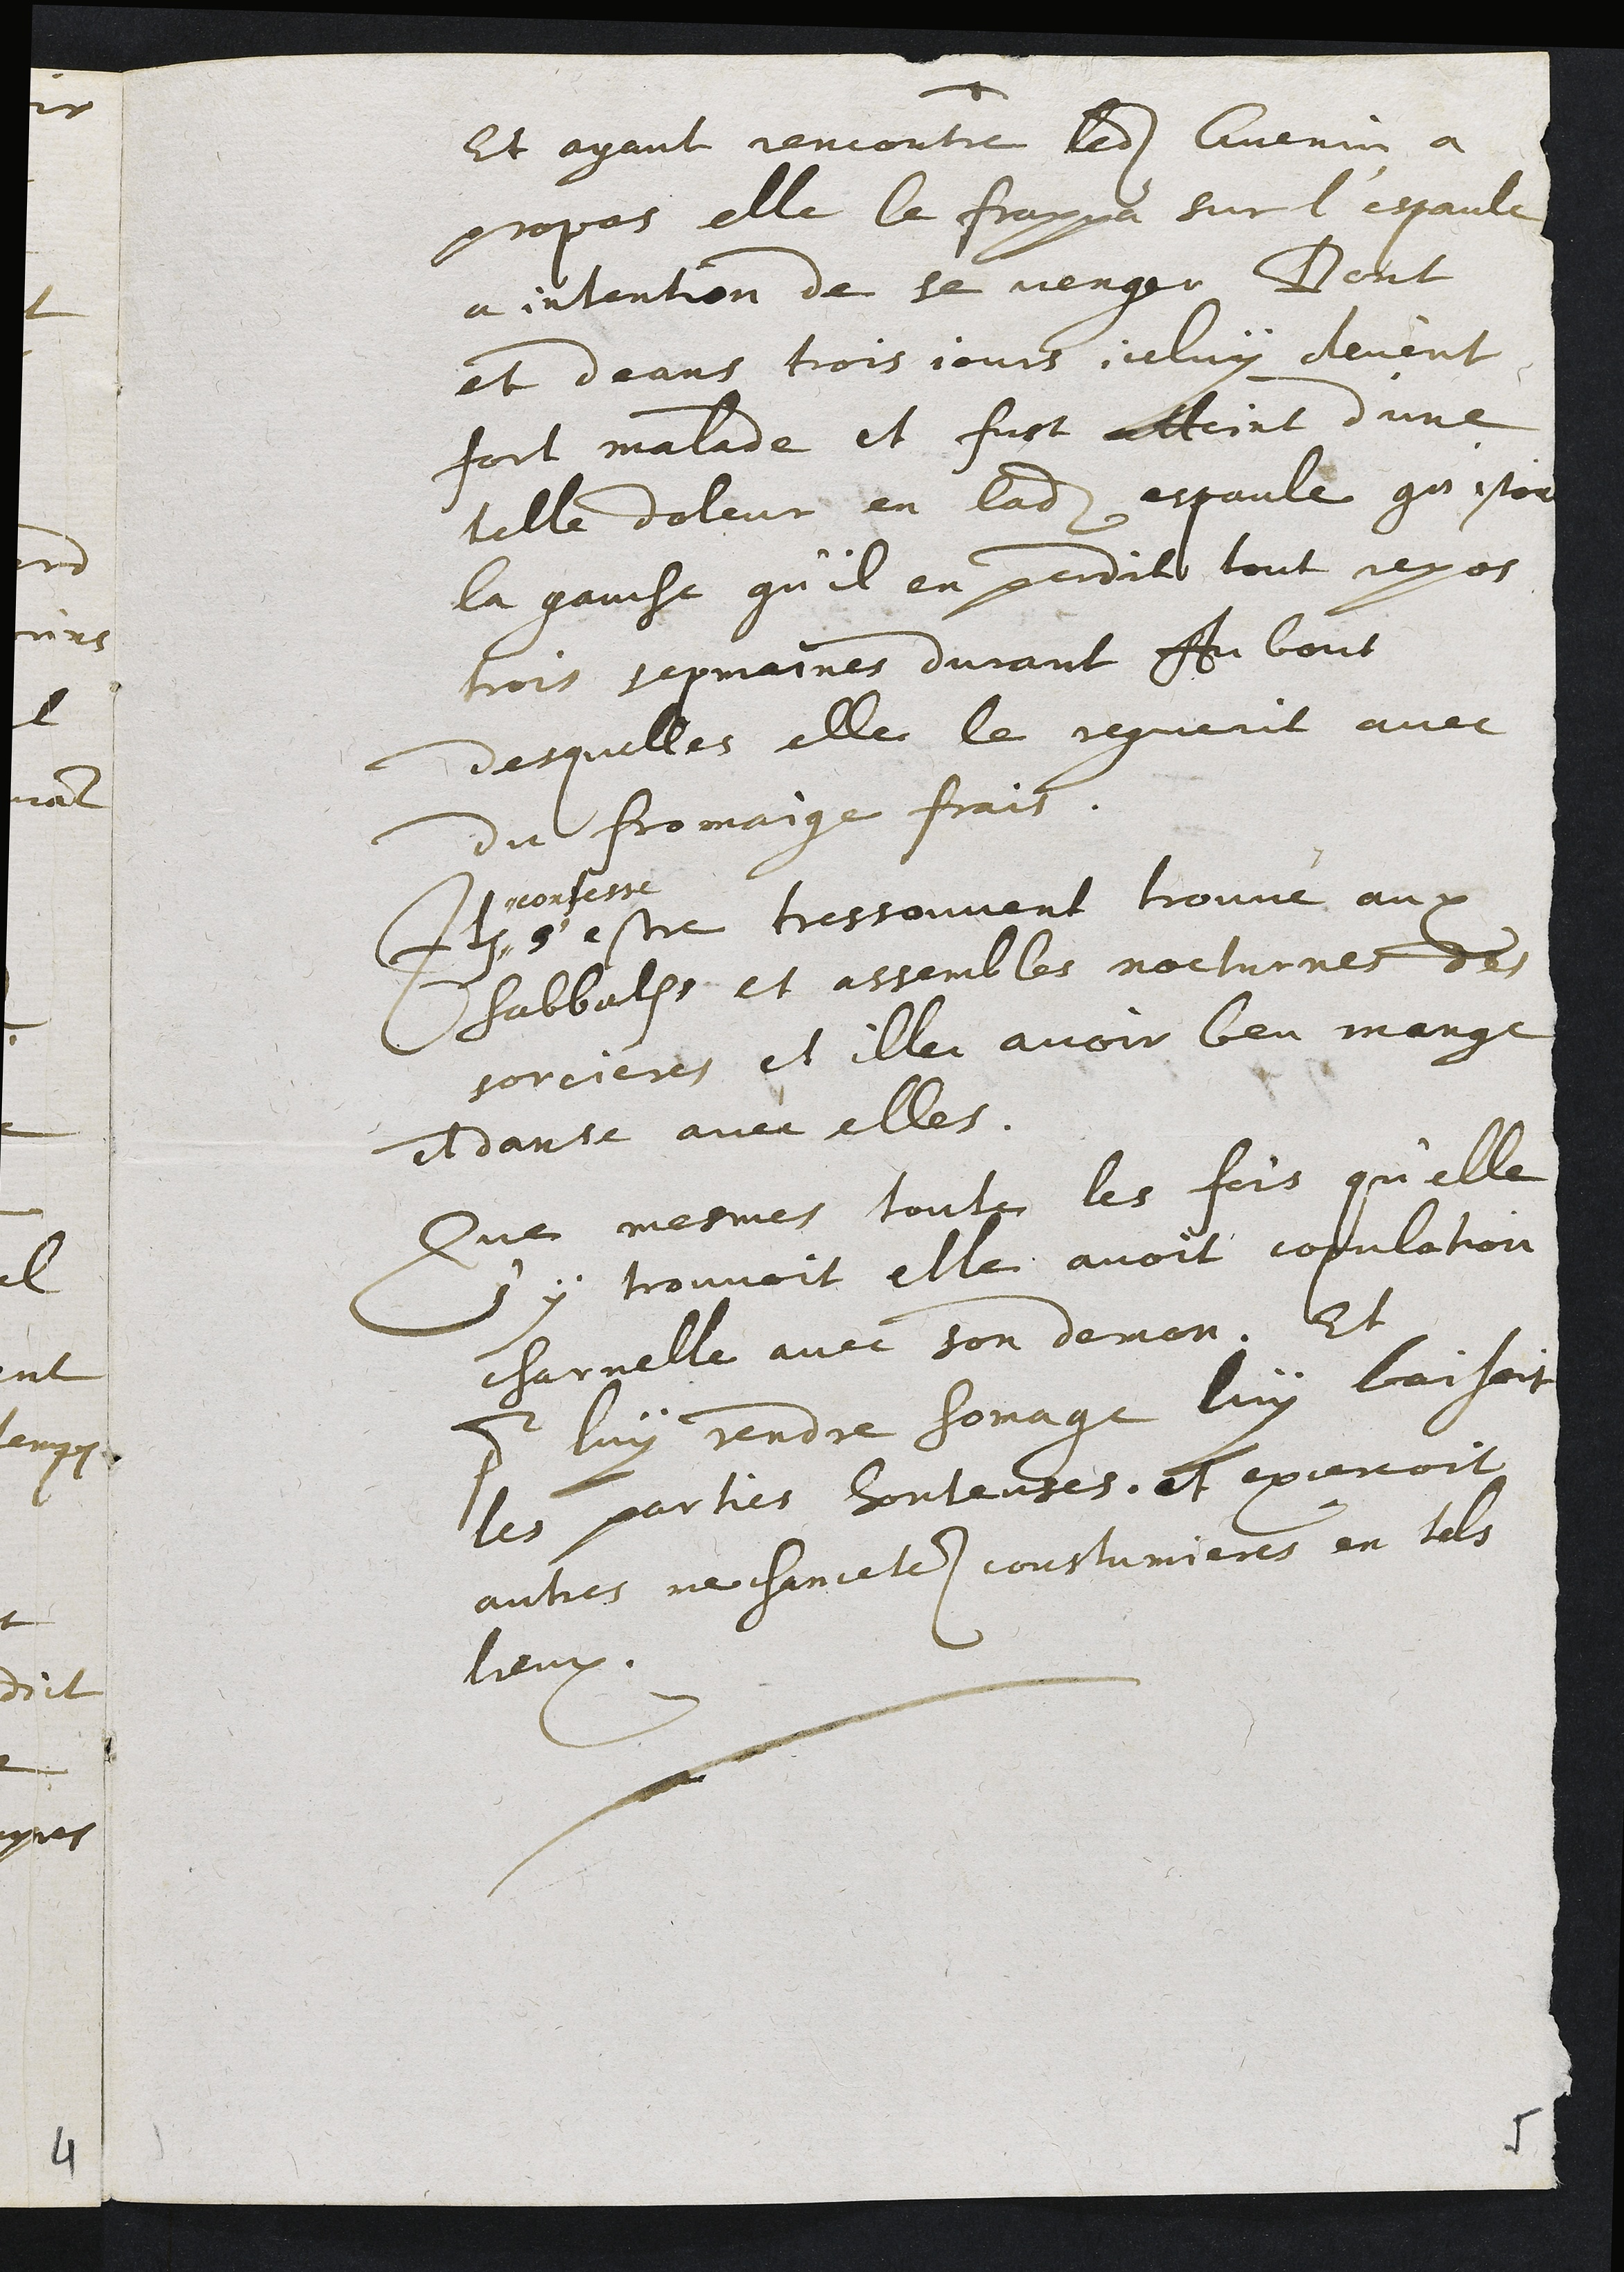
Et ayant rencontre ledit Guenin a
propas elle le frappa sur l'espaule
a intention de se venger Deut
et deans trois jours celuy devent
fort malade et fust atteint d'une
telle doleur en ladite espaule qu'estoit
la gauche qu'il en perditt tout repos
trois sepmaines durant Av bout
desquelles elle le reguerit avec
du fromaige frais.
+
# nonfessé
s estre tres souvent trouvé aux
habbalps et assembles nocturnes des
sorcieres et ille avoir beu mangé
e danse avec elles.
Que mesmes touts les fois qu'elle
s'y trouvoit elle avoit copulation
charnelle avec son deman. Et
cour luy rendre honage luy baisoit
les parties hontenses. et excenoit
autres ne chancetes coustumieres en tels
lieux.